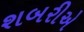
શબરીએ